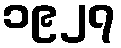
၁၉၂၇